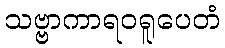
သဗ္ဗာကာရဝရူပေတံ